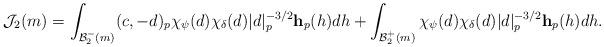
LaTeX: \begin{align*} \mathcal J_2(m) = \int_{\mathcal B_2^-(m)} (c,-d)_p \chi_{\psi}(d) \chi_{\delta}(d)|d|_p^{-3/2}\mathbf h_p(h) dh + \int_{\mathcal B_2^+(m)} \chi_{\psi}(d) \chi_{\delta}(d)|d|_p^{-3/2}\mathbf h_p(h) dh.\end{align*}